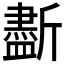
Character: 𣃏